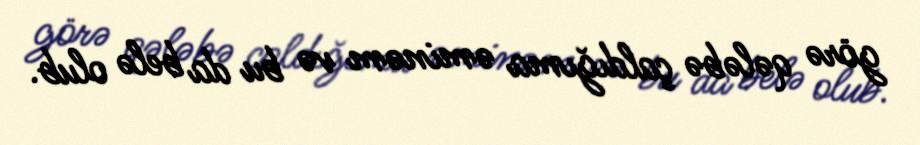
görə qələbə çaldığıma əminəm və bu da belə olub.